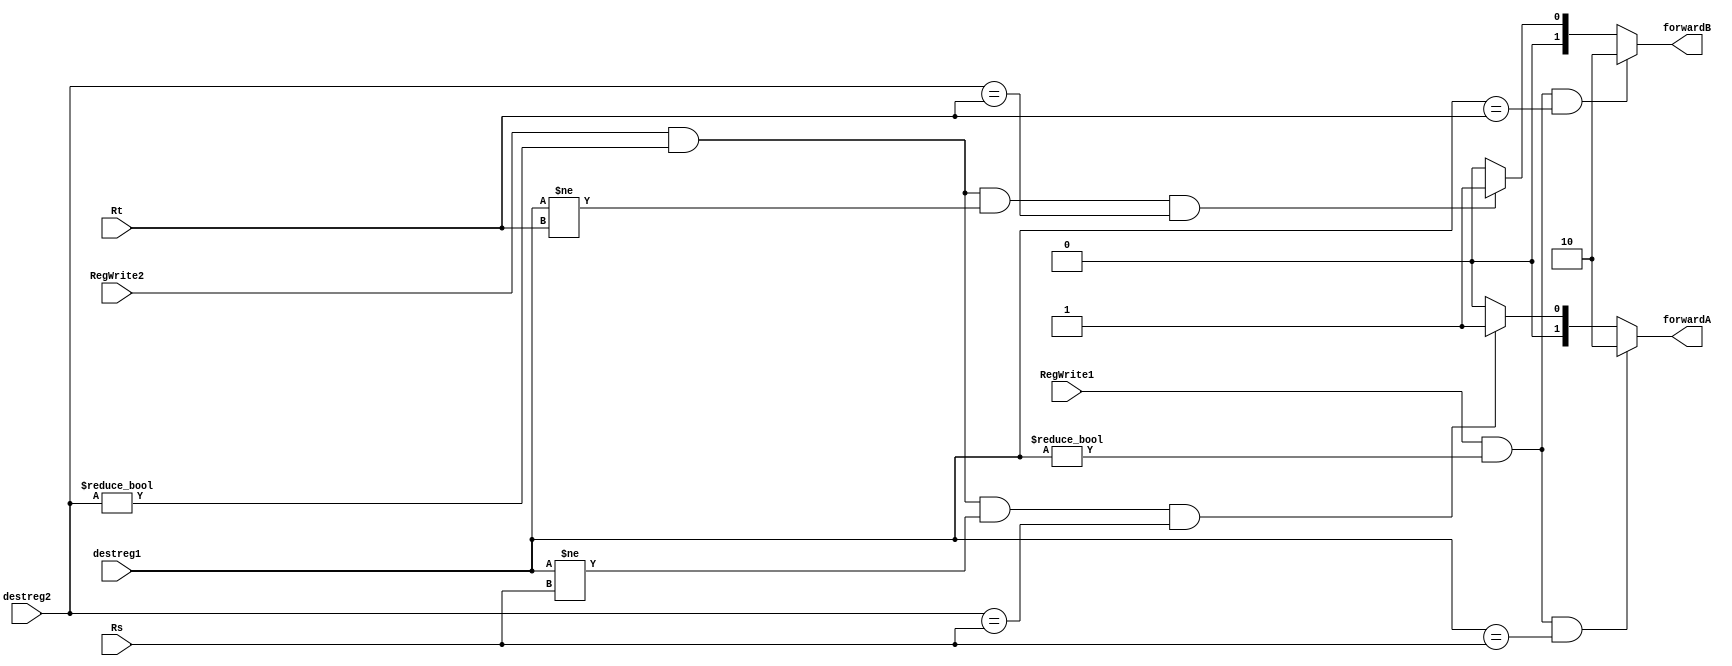
module ForwardingUnit(forwardA, forwardB, Rs, Rt, destreg1, destreg2, RegWrite1, RegWrite2);	
// Rs = ID_EX.Rs; Rt = ID_EX.Rt; 
//destreg1 = EX_MEM.destination_reg; destreg2 = MEM_WB.destination_reg; 
//RegWrite1 = EX_MEM.control_signals.RegWrite;
// RegWrite2 = MEM_WB.control_signals.RegWrite
	input RegWrite1, RegWrite2;
	input [4:0] Rs, Rt, destreg1, destreg2;
	output reg [1:0] forwardA, forwardB;
	
	always @* begin
		if(RegWrite1 & (destreg1 != 0) & (destreg1 == Rs))
			forwardA <= 2'b10;
		else if(RegWrite2 & (destreg2!= 0) & (destreg1 != Rs) & (destreg2 == Rs))
			forwardA <= 2'b01;
		else
			forwardA <= 2'b00;
	end
	
	always @* begin
		if(RegWrite1 & (destreg1 != 0) & (destreg1 == Rt))
			forwardB <= 2'b10;
		else if(RegWrite2 & (destreg2 != 0) & (destreg1 != Rt) & (destreg2 == Rt))
			forwardB <= 2'b01;
		else
			forwardB <= 2'b00;
	end
	
endmodule